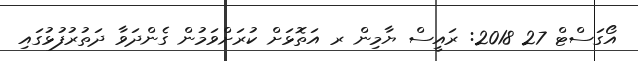
އޯގަސްޓް 27 2018: ރައީސް ޔާމިން ރ އަތޮޅަަށް ކުރަށްވަމުން ގެންދަވާ ދަތުރުފުޅުގައި